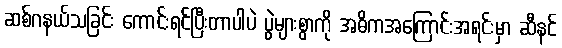
ဆစ်ဂနယ်သခြင်း ကောင်းရင်ပြီးတာပါပဲ ပွဲများစွာကို အဓိကအကြောင်းအရင်းမှာ ဆီနင်